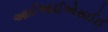
આઈઆઈએસઈઈ